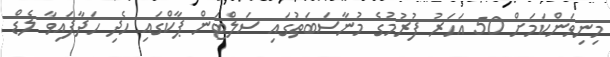
މިނިވަންކަމަށް 50 އަހަރު ފުރުމުގެ މުނާސަބަތުގައި ސަލްޓަން ޕާކްގައި ހެދި ހަދާފައިވާ ލެޑް